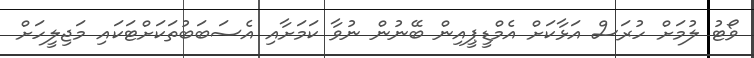
ވޯޓު ލުމަށް ހުރަސް އަޅާކަށް އެމްޑީޕީއިން ބޭނުން ނުވާ ކަމަށާއި އެސަބަބުތަކަށްޓަކައި މަޖިލީހަށް